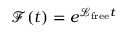
\mathcal { F } ( t ) = e ^ { \mathcal { L } _ { \mathrm { f r e e } } t }